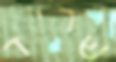
שריד